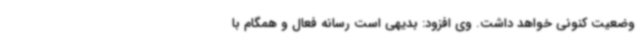
وضعیت کنونی خواهد داشت. وی افزود: بدیهی است رسانه فعال و همگام با